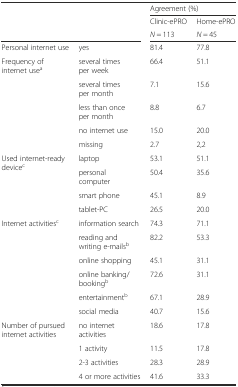
|  |  | <COLSPAN=2> Agreement (%) |
 | <ROWSPAN=2-COLSPAN=2>  | Clinic-ePRO | Home-ePRO |
 | N = 113 | N = 45 |
 | --- | --- | --- | --- |
 | Personal internet use | yes | 81.4 | 77.8 |
 | <ROWSPAN=4> Frequency of internet usea | several times per week | 66.4 | 51.1 |
 | several times per month | 7.1 | 15.6 |
 | less than once per month | 8.8 | 6.7 |
 | no internet use | 15.0 | 20.0 |
 |  | missing | 2.7 | 2,2 |
 | <ROWSPAN=4> Used internet-ready devicec | laptop | 53.1 | 51.1 |
 | personal computer | 50.4 | 35.6 |
 | smart phone | 45.1 | 8.9 |
 | tablet-PC | 26.5 | 20.0 |
 | <ROWSPAN=6> Internet activitiesc | information search | 74.3 | 71.1 |
 | reading and writing e-mailsb | 82.2 | 53.3 |
 | online shopping | 45.1 | 31.1 |
 | online banking/bookingb | 72.6 | 31.1 |
 | entertainmentb | 67.1 | 28.9 |
 | social media | 40.7 | 15.6 |
 | <ROWSPAN=4> Number of pursued internet activities | no internet activities | 18.6 | 17.8 |
 | 1 activity | 11.5 | 17.8 |
 | 2-3 activities | 28.3 | 28.9 |
 | 4 or more activities | 41.6 | 33.3 |